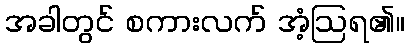
အခါတွင် စကားလက် အံ့ဩရ၏။